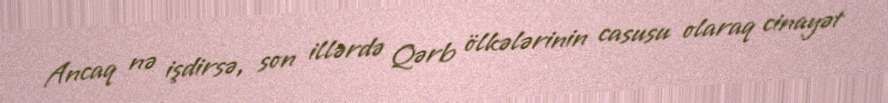
Ancaq nə işdirsə, son illərdə Qərb ölkələrinin casusu olaraq cinayət